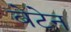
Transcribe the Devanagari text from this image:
बेटेन